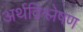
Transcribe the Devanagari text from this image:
अर्थविश्लेषण